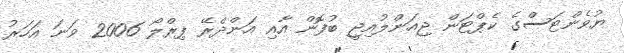
ޔުވެންޓަސްގެ ކެޕްޓަން ޖިއަންލުއިޖީ ބުފޮން އާއި އަންދްރޭ ޕިރްލޯ 2006 ވަނަ އަހަރު